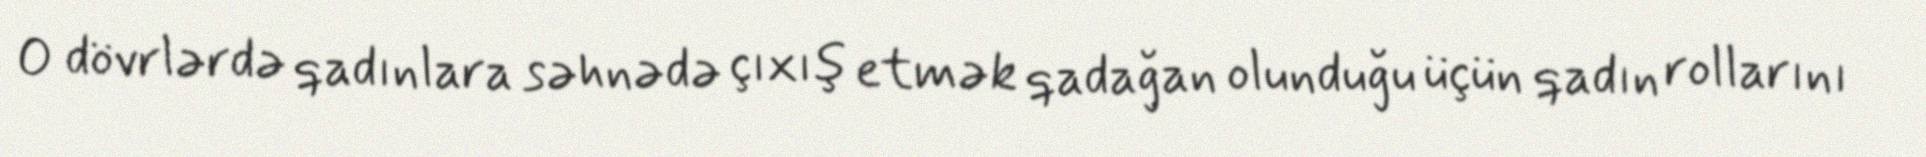
O dövrlərdə qadınlara səhnədə çıxış etmək qadağan olunduğu üçün qadın rollarını